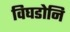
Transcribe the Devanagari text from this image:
विघडोनि